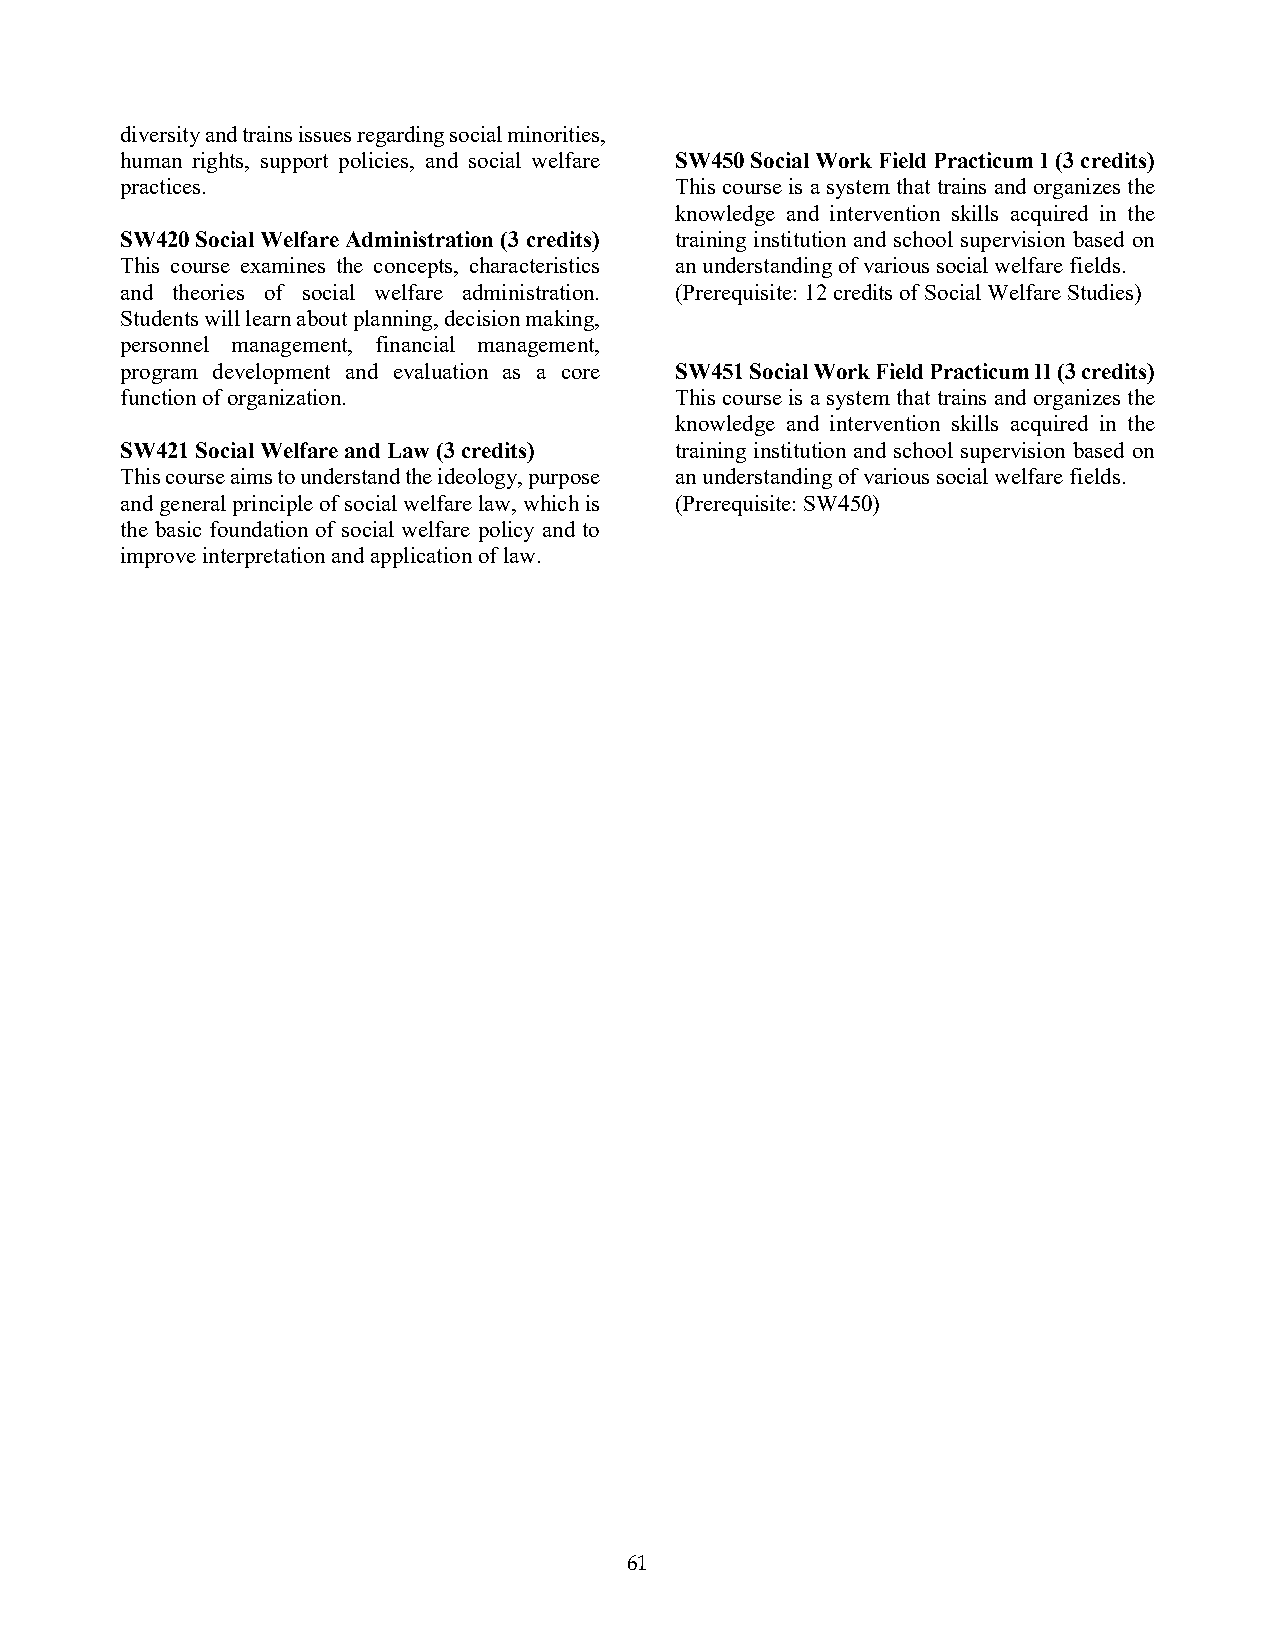
diversity and trains issues regarding social minorities,
 human rights, support policies, and social welfare SW450 Social Work Field Practicum I (3 credits)
 practices.                           This course is a system that trains and organizes the
 knowledge and intervention skills acquired in the
 SW420 Social Welfare Administration (3 credits) training institution and school supervision based on
 This course examines the concepts, characteristics an understanding of various social welfare fields.
 and theories of social welfare administration. (Prerequisite: 12 credits of Social Welfare Studies)
 Students will learn about planning, decision making,
 personnel management, financial management,
 program development and evaluation as a core SW451 Social Work Field Practicum II (3 credits)
 function of organization.            This course is a system that trains and organizes the
 knowledge and intervention skills acquired in the
 SW421 Social Welfare and Law (3 credits) training institution and school supervision based on
 This course aims to understand the ideology, purpose an understanding of various social welfare fields.
 and general principle of social welfare law, which is (Prerequisite: SW450)
 the basic foundation of social welfare policy and to
 improve interpretation and application of law.
 61